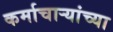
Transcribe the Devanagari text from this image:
कर्माचाऱ्यांच्या